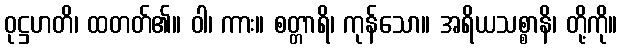
ဝုဋ္ဌဟတိ၊ ထတတ်၏။ ဝါ၊ ကား။ စတ္တာရိ၊ ကုန်သော။ အရိယသစ္စာနိ၊ တို့ကို။